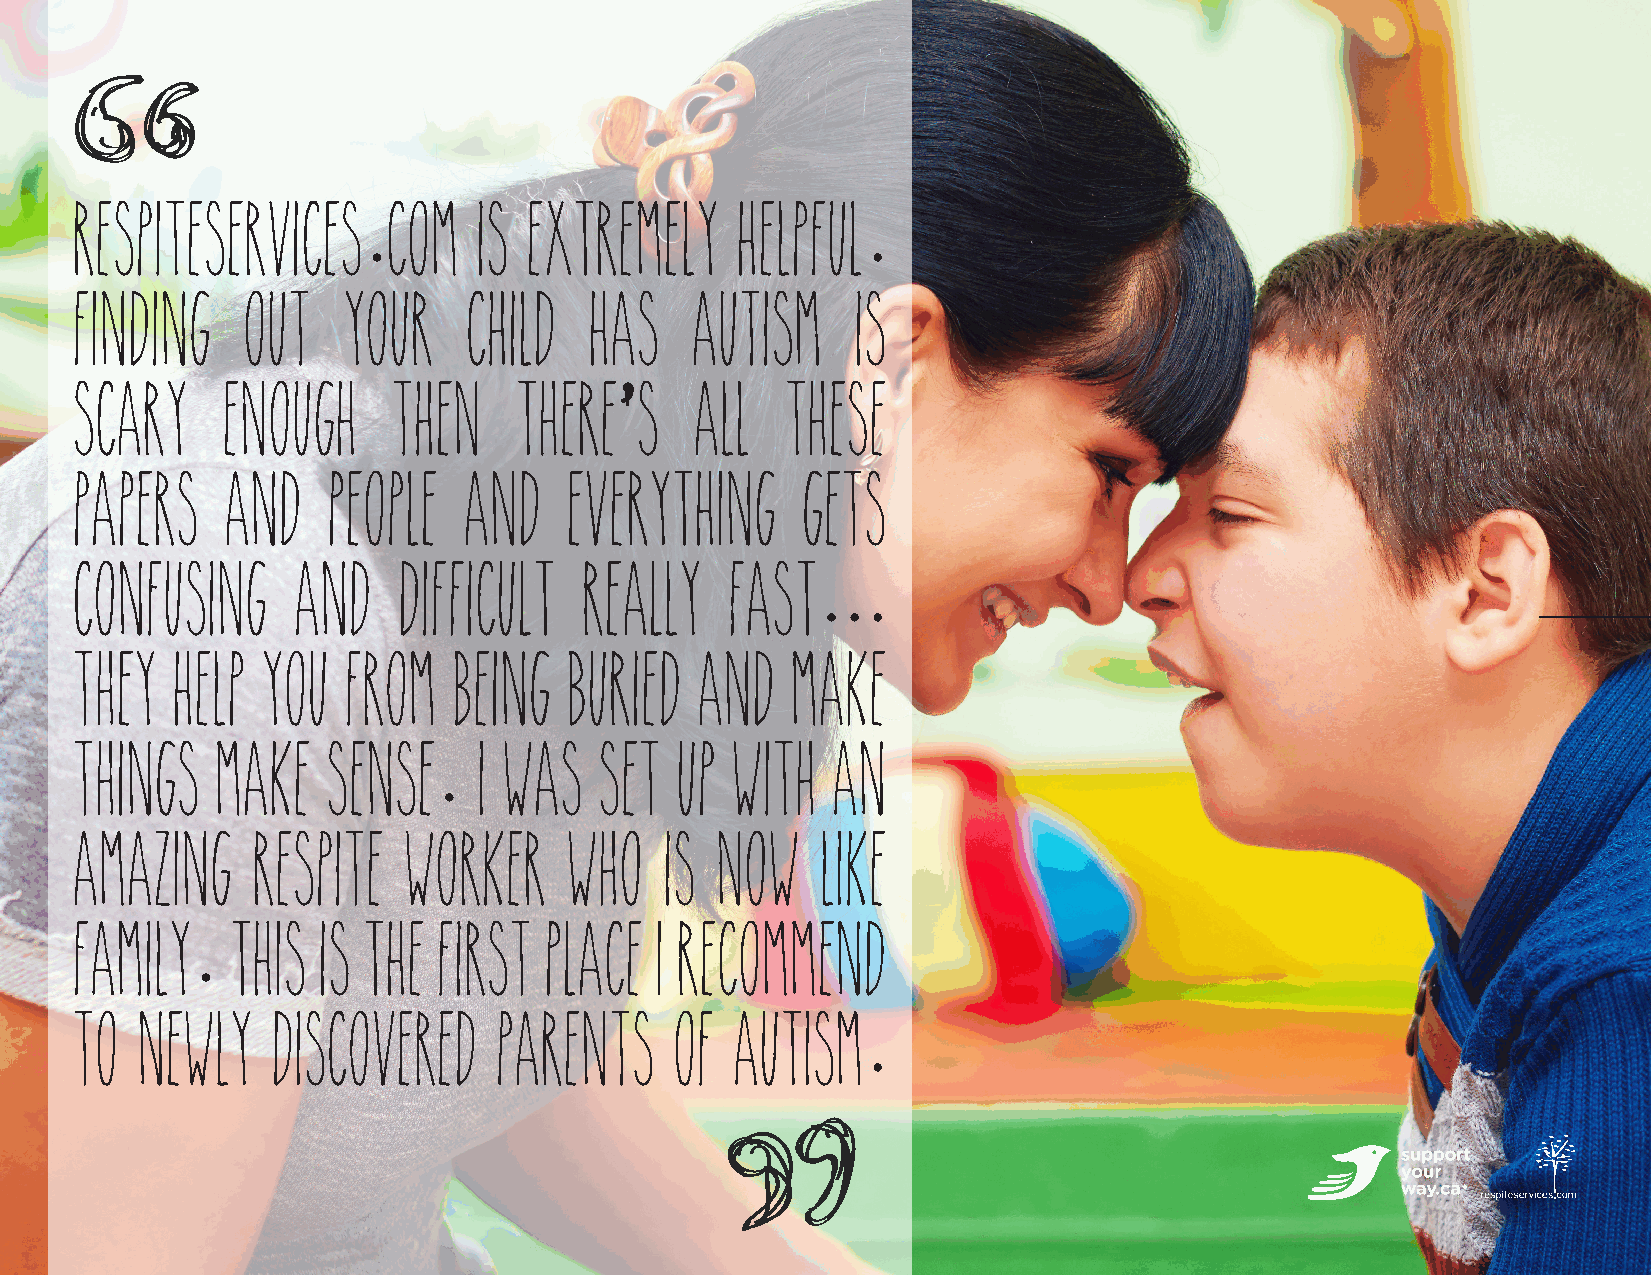
Respiteservices      com   is extremely     helpful
 .                                .
 Finding    out    your    child   has    autism     is
 scary     enough     then    there’'s    all   these
 papers    and    people   and    everything     gets
 confusing      and    difficult   really   fast
 ...
 they   help you   from   being   buried  and   make
 things   make    sense     I was   set  up  with  an
 .
 amazing     Respite   worker     who   is  now   like
 family    this  is the  first  place   I recommend
 .
 to  newly    discovered     parents     of  autism
 .